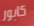
كابور